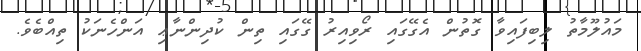
މައުލޫމާތު ލިބިފައިވާ ގޮތުން އެގޭގައި ރޯވިއިރު ގޭގައި ތިން ކުދިންނާޢި އަންހެނަކު ތިއްބެވެ.